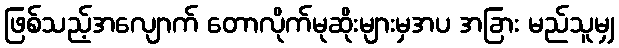
ဖြစ်သည့်အလျောက် တောလိုက်မုဆိုးများမှအပ အခြား မည်သူမျှ